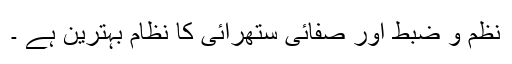
نظم و ضبط اور صفائی ستھرائی کا نظام بہترین ہے ۔